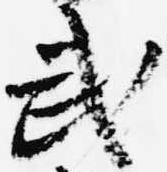
武